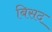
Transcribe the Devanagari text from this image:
बिसद